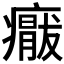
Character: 𱱨